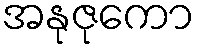
အနုဇုကော